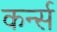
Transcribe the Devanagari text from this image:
कर्न्‍स